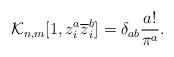
LaTeX: \begin{align*}\mathcal{K}_{n, m}[1, z_i^a \overline{z}_i^b]=\delta_{ab}\frac{a!}{\pi^a}.\end{align*}